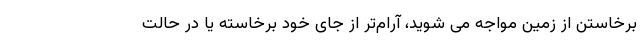
برخاستن از زمین مواجه می شوید، آرام‌تر از جای خود برخاسته یا در حالت